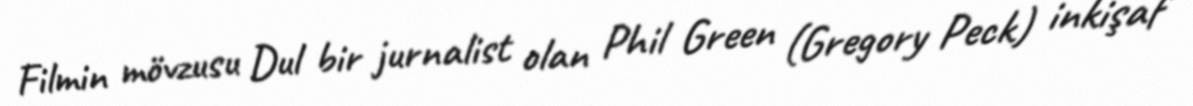
Filmin mövzusu Dul bir jurnalist olan Phil Green (Gregory Peck) inkişaf